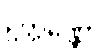
ဥတ္တိဏ္ဏော